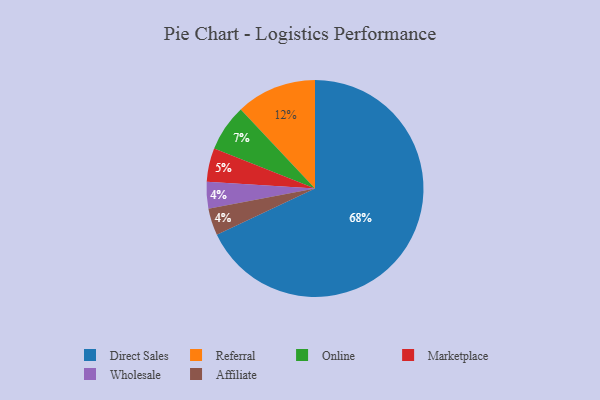
{"axis": {"x": "Category", "y": "Percentage"}, "legend": ["Affiliate", "Direct Sales", "Marketplace", "Online", "Referral", "Wholesale"], "data": [{"x": "Online", "y": 7, "type": "Online"}, {"x": "Direct Sales", "y": 68, "type": "Direct Sales"}, {"x": "Wholesale", "y": 4, "type": "Wholesale"}, {"x": "Affiliate", "y": 4, "type": "Affiliate"}, {"x": "Marketplace", "y": 5, "type": "Marketplace"}, {"x": "Referral", "y": 12, "type": "Referral"}]}